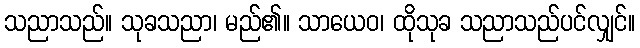
သညာသည်။ သုခသညာ၊ မည်၏။ သာယေဝ၊ ထိုသုခ သညာသည်ပင်လျှင်။